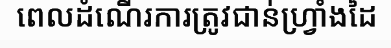
ពេលដំណើរការត្រូវជាន់ហ្វ្រាំងដៃ